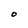
Character: O